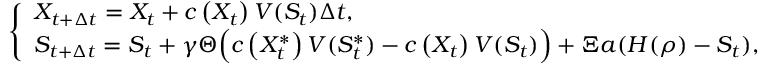
\left\{ \begin{array} { l l } { X _ { t + \Delta { t } } = X _ { t } + c \left( X _ { t } \right) V ( S _ { t } ) \Delta { t } , \qquad } \\ { S _ { t + \Delta { t } } = S _ { t } + \gamma \Theta \Bigl ( c \left( X _ { t } ^ { \ast } \right) V ( S _ { t } ^ { \ast } ) - c \left( X _ { t } \right) V ( S _ { t } ) \Bigr ) + \Xi a ( H ( \rho ) - S _ { t } ) , } \end{array} \right.